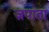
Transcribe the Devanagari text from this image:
ज़पाता